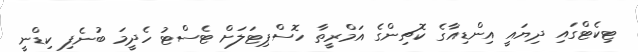
ޓިކެޓްގައި ދިޔައީ އިންޑިއާގެ ކޮޗިންގެ އަމްރީތާ ހޮސްޕިޓަލަށް ޓެސްޓު ހެދީމަ ބުނެފި ކިޑްނީ